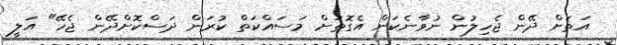
އަތަށް ދޭން ޖެހިލުން ނުވާނެކަން އެގޮތަށް މަސައްކަތް ކުރަން ދަސްކޮށްދޭން ޖެހޭ" އަލީ